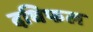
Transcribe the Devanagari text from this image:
दधिफल